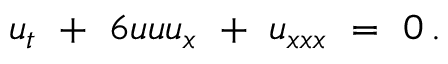
u _ { t } \ + \ 6 u u u _ { x } \ + \ u _ { x x x } \ = \ 0 \, .